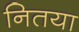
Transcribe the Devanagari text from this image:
नितया